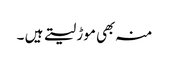
منہ بھی موڑ لیتے ہیں ۔